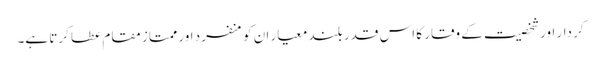
کر دار اور شخصیت کے وقار کا اس قدر بلند معیار ان کو منفرد اور ممتاز مقام عطا کرتا ہے۔